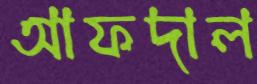
আফদাল